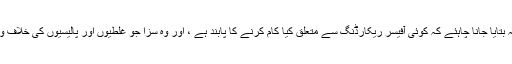
پالیسیوں میں واضح طور پر یہ بتایا جانا چاہئے کہ کوئی آفیسر ریکارڈنگ سے متعلق کیا کام کرنے کا پابند ہے ، اور وہ سزا جو غلطیوں اور پالیسیوں کی خلاف ورزی کے خلاف ہوسکتی ہے۔